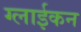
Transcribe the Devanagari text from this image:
ग्लाईकन